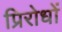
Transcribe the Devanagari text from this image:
प्रिरोधों